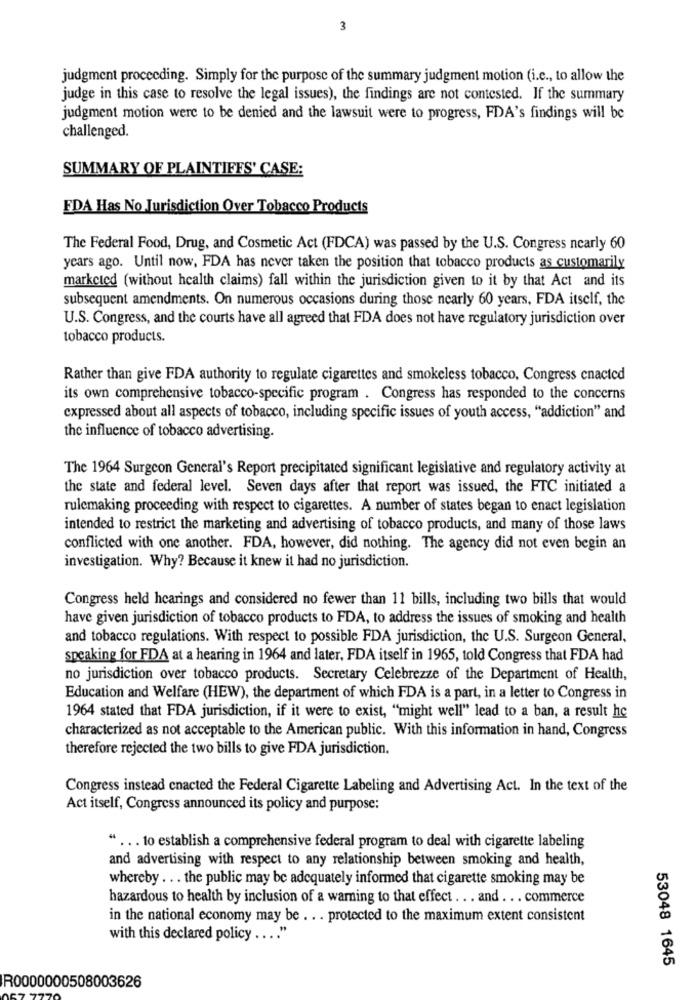
3
judgment proceeding. Simply for the purpose of the summary judgment motion (i.e ., to allow the
judge in this case to resolve the legal issues), the findings are not contested. If the summary
judgment motion were to be denied and the lawsuit were to progress, FDA's findings will be
challenged.
SUMMARY OF PLAINTIFFS' CASE:
FDA Has No Jurisdiction Over Tobacco Products
The Federal Food, Drug, and Cosmetic Act (FDCA) was passed by the U.S. Congress ncarly 60
years ago. Until now, FDA has never taken the position that tobacco products as customarily
marketed (without health claims) fall within the jurisdiction given to it by that Act and its
subsequent amendments. On numerous occasions during those nearly 60 years, FDA itself, the
U.S. Congress, and the courts have all agreed that FDA does not have regulatory jurisdiction over
tobacco products.
Rather than give FDA authority to regulate cigarettes and smokeless tobacco, Congress enacted
its own comprehensive tobacco-specific program . Congress has responded to the concerns
expressed about all aspects of tobacco, including specific issues of youth access, "addiction" and
the influence of tobacco advertising.
The 1964 Surgeon General's Report precipitated significant legislative and regulatory activity at
the state and federal level. Seven days after that report was issued, the FTC initiated a
rulemaking proceeding with respect to cigarettes. A number of states began to enact legislation
intended to restrict the marketing and advertising of tobacco products, and many of those laws
conflicted with one another. FDA, however, did nothing. The agency did not even begin an
investigation. Why? Because it knew it had no jurisdiction.
Congress held hearings and considered no fewer than 11 bills, including two bills that would
have given jurisdiction of tobacco products to FDA, to address the issues of smoking and health
and tobacco regulations. With respect to possible FDA jurisdiction, the U.S. Surgeon General,
speaking for FDA at a hearing in 1964 and later, FDA itself in 1965, told Congress that FDA had
no jurisdiction over tobacco products. Secretary Celebrezze of the Department of Health,
Education and Welfare (HEW), the department of which FDA is a part, in a letter to Congress in
1964 stated that FDA jurisdiction, if it were to exist, "might well" lead to a ban, a result hc
characterized as not acceptable to the American public. With this information in hand, Congress
therefore rejected the two bills to give FDA jurisdiction.
Congress instead cnacted the Federal Cigarette Labeling and Advertising Act. In the text of the
Act itself, Congress announced its policy and purpose:
" ... to establish a comprehensive federal program to deal with cigarette labeling
and advertising with respect to any relationship between smoking and health,
whereby ... the public may be adequately informed that cigarette smoking may be
hazardous to health by inclusion of a warning to that effect .. . and ... commerce
in the national economy may be . . . protected to the maximum extent consistent
with this declared policy .... "
53048 1645
R0000000508003626